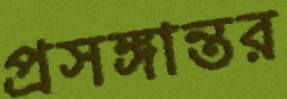
প্রসঙ্গান্তর